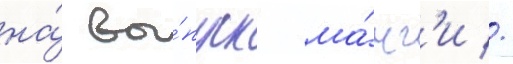
на́ вы́пуск ма́нг'и //